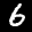
Label: 6